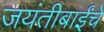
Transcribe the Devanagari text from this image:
जयंतीबाईंचे